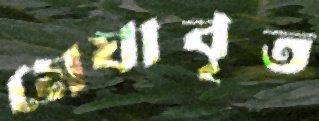
মেঘাবৃত